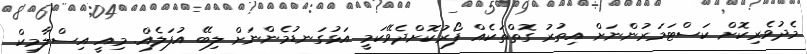
މެދުވެރިކޮށް ކަސްޓަމަރުންނަށް އިތުރު ގޮތްތަކެއް ފޯރުކޮށްދެވޭކަމީ އަޅުގަނޑުމެންނަށް ލިބޭ އުފަލެއް. މިއީ އިސްލާމިކް